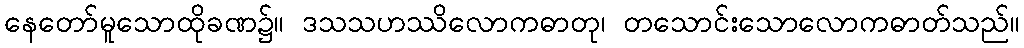
နေတော်မူသောထိုခဏ၌။ ဒသသဟဿိလောကဓာတု၊ တသောင်းသောလောကဓာတ်သည်။